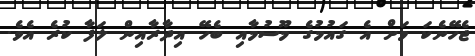
ޖެހޭނެކަ މަށް އެ ގައުމުގެ މޫސުމާއި ބެހޭ އިދާރާއިން ލަފާ ކުރެ އެވެ.